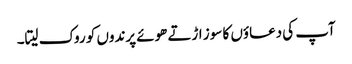
آپ کی دعاؤں کا سوز اڑتے ھوئے پرندوں کو روک لیتا۔